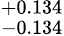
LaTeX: ^{+0.134}_{-0.134}